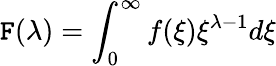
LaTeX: \mathtt{F}(\lambda)=\int_{0}^{\infty}f(\xi)\xi^{\lambda-1}d\xi